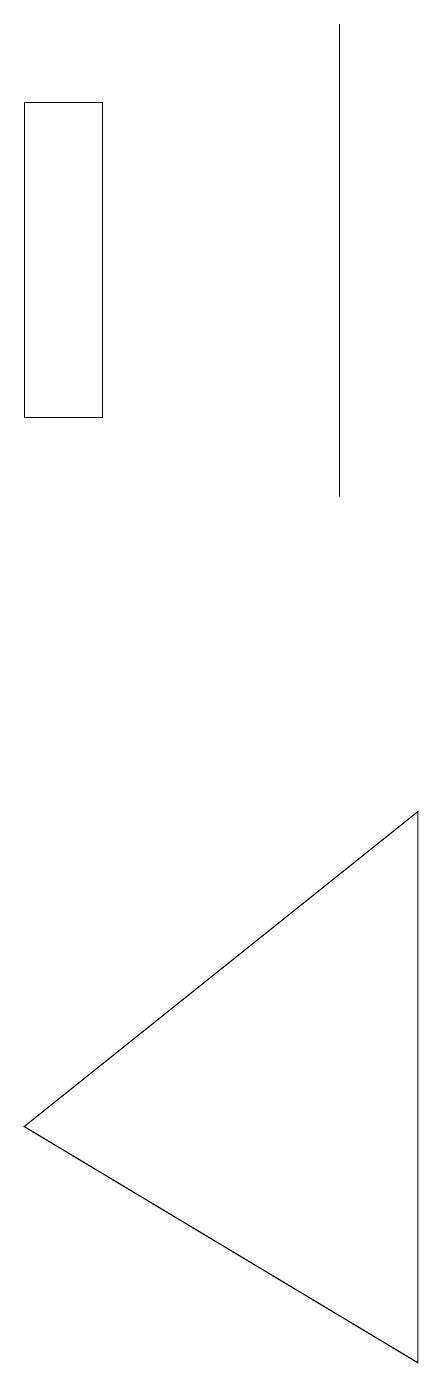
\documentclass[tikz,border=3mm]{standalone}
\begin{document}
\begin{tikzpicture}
\draw (1,5) -- (6,2) -- (6,9) -- cycle;
\draw (1,18) rectangle (2,14);
\draw (5,19) rectangle (5,13);
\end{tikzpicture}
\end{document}